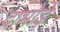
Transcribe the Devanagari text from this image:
दाभोड़े